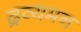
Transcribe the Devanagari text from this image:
द्रव्यमन